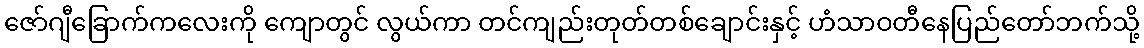
ဇော်ဂျီခြောက်ကလေးကို ကျောတွင် လွယ်ကာ တင်ကျည်းတုတ်တစ်ချောင်းနှင့် ဟံသာဝတီနေပြည်တော်ဘက်သို့